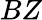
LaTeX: BZ